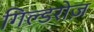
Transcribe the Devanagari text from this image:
गिल्डरोज़